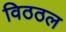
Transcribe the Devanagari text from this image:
विठठल